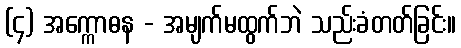
(၄) အက္ကောဓန - အမျက်မထွက်ဘဲ သည်းခံတတ်ခြင်း။